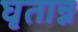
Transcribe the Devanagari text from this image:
घृतान्न